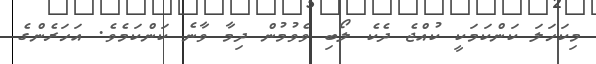
މިކަހަލަ ކަންކަމަކީ ކުއްޖެ ދެކެ ލޯބި ވެވުމުން ދިމާ ވާނެ ކަންކަމެވެ. އަހަރެންގެ